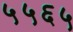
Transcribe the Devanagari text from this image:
५५६५